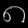
Digit: ၈